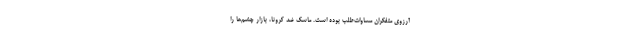
آرزوی متفکران مساوات‌طلب بوده است. ماسک ضد کرونا، بازار چشم‌ها را